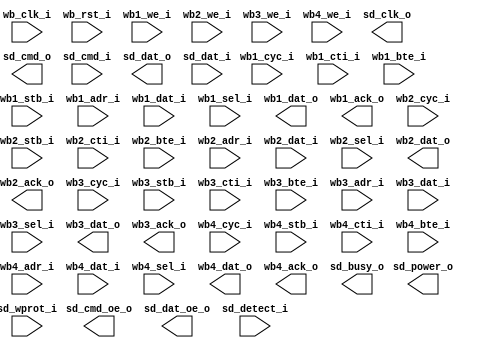
/* Copyright 2007-2009, Unpublished Work of Technologic Systems
 * All Rights Reserved.
 *
 * THIS WORK IS AN UNPUBLISHED WORK AND CONTAINS CONFIDENTIAL,
 * PROPRIETARY AND TRADE SECRET INFORMATION OF TECHNOLOGIC SYSTEMS.
 * ACCESS TO THIS WORK IS RESTRICTED TO (I) TECHNOLOGIC SYSTEMS 
 * EMPLOYEES WHO HAVE A NEED TO KNOW TO PERFORM TASKS WITHIN THE SCOPE
 * OF THEIR ASSIGNMENTS AND (II) ENTITIES OTHER THAN TECHNOLOGIC
 * SYSTEMS WHO HAVE ENTERED INTO APPROPRIATE LICENSE AGREEMENTS.  NO
 * PART OF THIS WORK MAY BE USED, PRACTICED, PERFORMED, COPIED, 
 * DISTRIBUTED, REVISED, MODIFIED, TRANSLATED, ABRIDGED, CONDENSED, 
 * EXPANDED, COLLECTED, COMPILED, LINKED, RECAST, TRANSFORMED, ADAPTED
 * IN ANY FORM OR BY ANY MEANS, MANUAL, MECHANICAL, CHEMICAL, 
 * ELECTRICAL, ELECTRONIC, OPTICAL, BIOLOGICAL, OR OTHERWISE WITHOUT
 * THE PRIOR WRITTEN PERMISSION AND CONSENT OF TECHNOLOGIC SYSTEMS.
 * ANY USE OR EXPLOITATION OF THIS WORK WITHOUT THE PRIOR WRITTEN
 * CONSENT OF TECHNOLOGIC SYSTEMS COULD SUBJECT THE PERPETRATOR TO
 * CRIMINAL AND CIVIL LIABILITY.
 */
/* Timing requirements @50Mhz (20ns bus cycle) SD speed (100Mhz wishbone)
 *
 * Output: (SD has 2ns hold and 6ns setup requirement)
 * * min tCO data - min tCO clk + 10ns > 2ns (SD hold margin)
 * * max tCO data - max tCO clk < 4ns (SD setup margin)
 *
 * Input: (SD has 14ns output delay and guarantees 2.5ns hold)
 * * max tCO clock + 14ns + tSU data < 20ns (FPGA setup margin)
 * * tHOLD data - min tCO clock < 2.5ns (FPGA hold margin)
 *
 * Timing requirements are hard to properly constrain because of
 * the relationship between tCO and tSU and the skew from the clock
 * source internally to the FPGA.  Best results are had by making the
 * clock outputs and data inputs as fast as possible and data outputs
 * as slow as possible to ensure adequate hold time.  PCB trace skew
 * helps FPGA hold margin, hurts FPGA setup margin.  SD hold margin can
 * be gained by adding combinational delays before the data outputs--
 * output registers in the I/O ring should not be used for data out.
 *
 */

module ts_sdcore(
  wb_clk_i,
  wb_rst_i,

  wb1_cyc_i,
  wb1_cti_i,
  wb1_bte_i,
  wb1_stb_i,
  wb1_we_i,
  wb1_adr_i,
  wb1_dat_i,
  wb1_sel_i,
  wb1_dat_o,
  wb1_ack_o,

  wb2_cyc_i,
  wb2_stb_i,
  wb2_cti_i,
  wb2_bte_i,
  wb2_we_i,
  wb2_adr_i,
  wb2_dat_i,
  wb2_sel_i,
  wb2_dat_o,
  wb2_ack_o,

  wb3_cyc_i,
  wb3_stb_i,
  wb3_cti_i,
  wb3_bte_i,
  wb3_we_i,
  wb3_adr_i,
  wb3_dat_i,
  wb3_sel_i,
  wb3_dat_o,
  wb3_ack_o,

  wb4_cyc_i,
  wb4_stb_i,
  wb4_cti_i,
  wb4_bte_i,
  wb4_we_i,
  wb4_adr_i,
  wb4_dat_i,
  wb4_sel_i,
  wb4_dat_o,
  wb4_ack_o,

  sd_clk_o,
  sd_cmd_o,
  sd_cmd_i,
  sd_cmd_oe_o,
  sd_dat_o,
  sd_dat_i,
  sd_dat_oe_o,
  sd_power_o,
  sd_detect_i,
  sd_wprot_i,
  sd_busy_o

);

input wb_clk_i, wb_rst_i;

input wb1_cyc_i, wb1_stb_i, wb1_we_i;
input [3:0] wb1_sel_i;
input [31:0] wb1_adr_i, wb1_dat_i;
output [31:0] wb1_dat_o;
output wb1_ack_o;
input [2:0] wb1_cti_i;
input [1:0] wb1_bte_i;

input wb2_cyc_i, wb2_stb_i, wb2_we_i;
input [3:0] wb2_sel_i;
input [31:0] wb2_adr_i, wb2_dat_i;
output [31:0] wb2_dat_o;
output wb2_ack_o;
input [2:0] wb2_cti_i;
input [1:0] wb2_bte_i;

input wb3_cyc_i, wb3_stb_i, wb3_we_i;
input [3:0] wb3_sel_i;
input [31:0] wb3_adr_i, wb3_dat_i;
output [31:0] wb3_dat_o;
output wb3_ack_o;
input [2:0] wb3_cti_i;
input [1:0] wb3_bte_i;

input wb4_cyc_i, wb4_stb_i, wb4_we_i;
input [3:0] wb4_sel_i;
input [31:0] wb4_adr_i, wb4_dat_i;
output [31:0] wb4_dat_o;
output wb4_ack_o;
input [2:0] wb4_cti_i;
input [1:0] wb4_bte_i;

output [7:0] sd_clk_o;
output sd_cmd_o, sd_cmd_oe_o, sd_power_o;
output [3:0] sd_dat_o;
output [3:0] sd_dat_oe_o;
input sd_cmd_i;
input [7:0] sd_wprot_i, sd_detect_i;
input [3:0] sd_dat_i;
output sd_busy_o;

endmodule